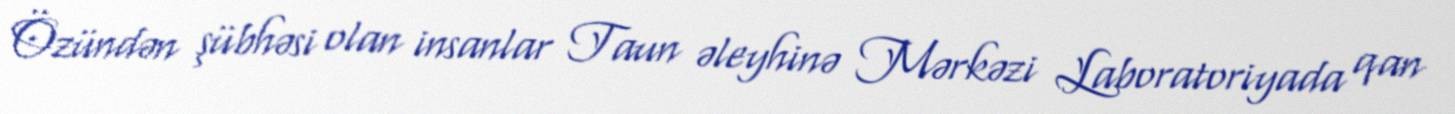
Özündən şübhəsi olan insanlar Taun əleyhinə Mərkəzi Laboratoriyada qan